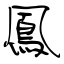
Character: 鳳